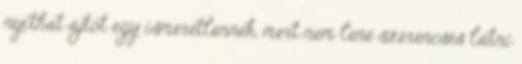
nyithat ajtót egy ismeretlennek, mert nem lene szerencsés látni